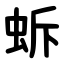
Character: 蚸